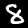
Digit: 8